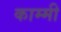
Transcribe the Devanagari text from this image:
काम्मी